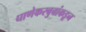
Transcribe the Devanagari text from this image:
घाणेकरबुवांकडून